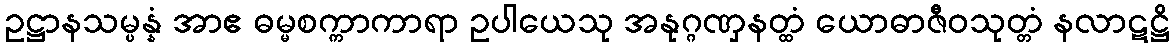
ဥဋ္ဌာနသမ္ပန္နံ အာဧ ဓမ္မစက္ကာကာရာ ဥပါယေသု အနုဂ္ဂဏှနတ္ထံ ယောဓာဇီဝသုတ္တံ နလာဋဋ္ဌိ